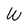
Character: W